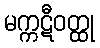
မက္ကဋီဝတ္ထု